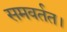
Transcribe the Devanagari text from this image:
समवर्तत।